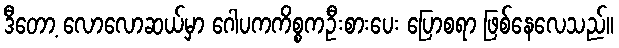
ဒီတော့ လောလောဆယ်မှာ ဂေါပကကိစ္စကဦးစားပေး ပြောစရာ ဖြစ်နေလေသည်။